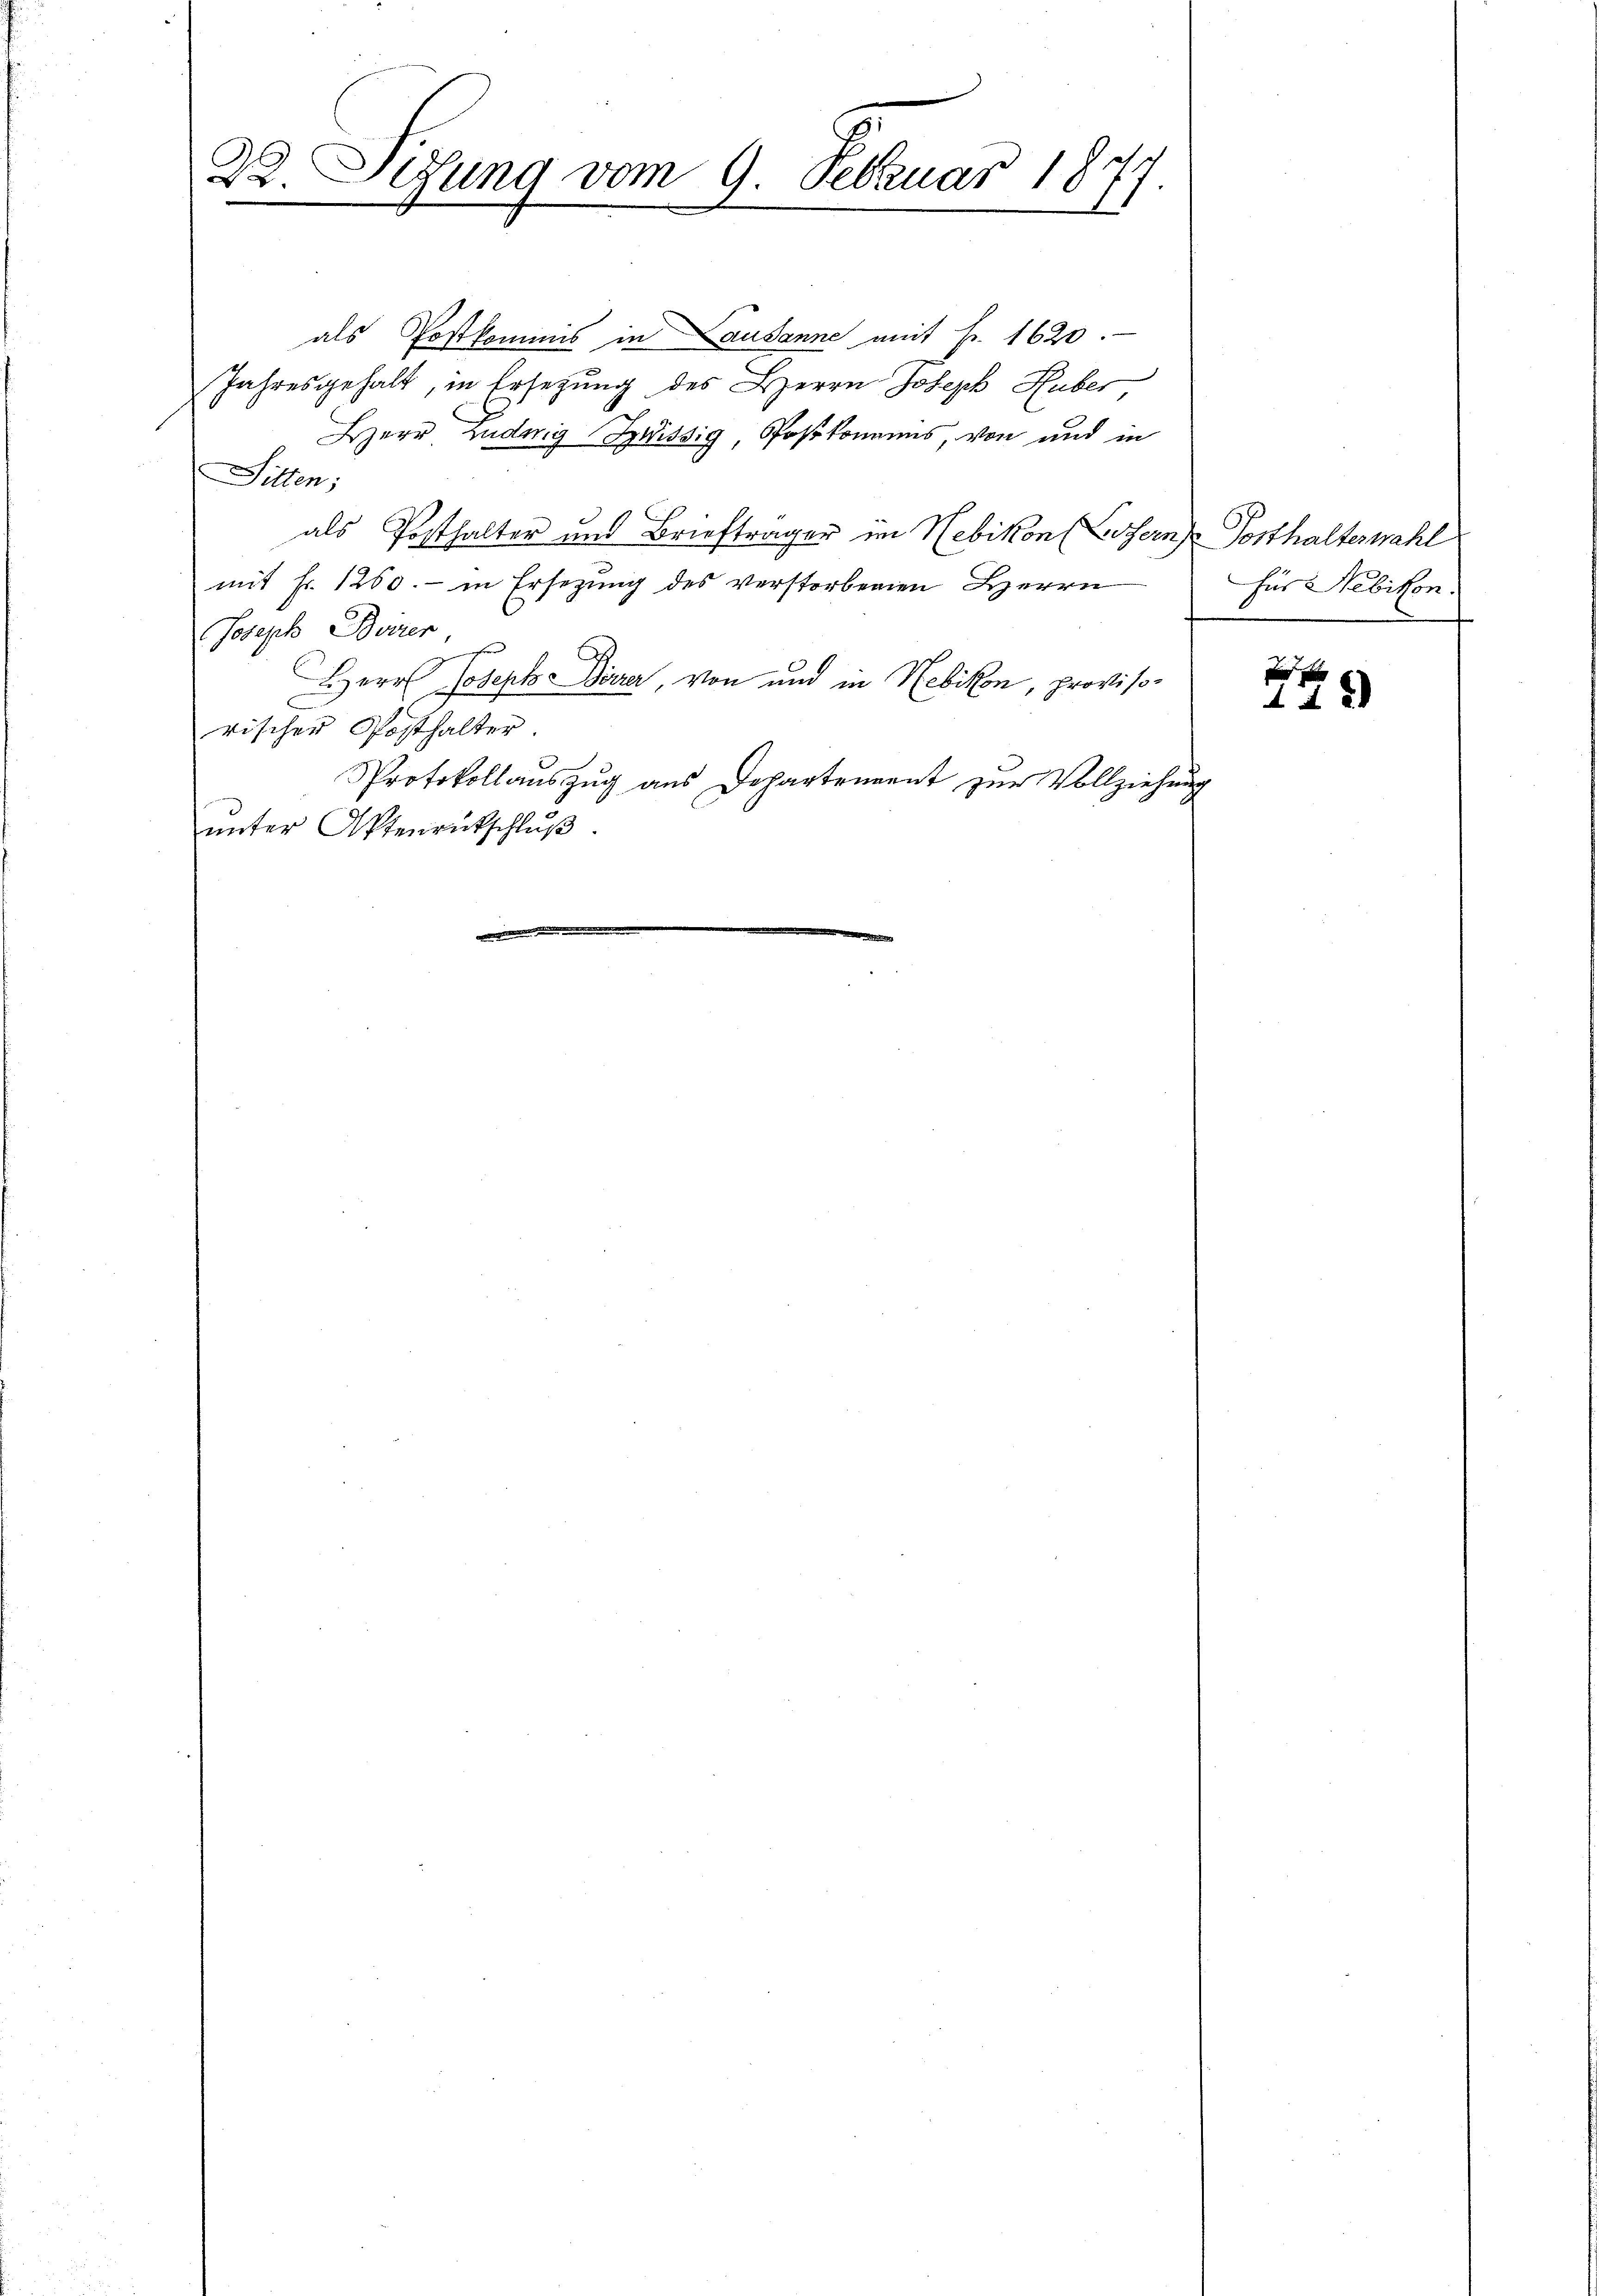
.
tung vom 9. Februar 1877.
22.

als Postkommis in Lausanne mit Fr. 1620.
Jahresgehalt, in Ersetzung des Herrn Joseph Huber,
Herr Ludwig Sissig, Postkommens, von und in
Sitten;
als Posthalter und Briefträger im Nebikon (Lofern Posthalterwahl
mit Fr. 1260.- in Ersetzung des verstorbenen Herrn
Joseph Burrer
Herr Joseph Birrer, von und in Hebikon, provisorischer Posthalter
Protokollauszug aus Departement zur Vollziehung
unter Aktenrutschluß
e
e

Für Nebikon

d
142